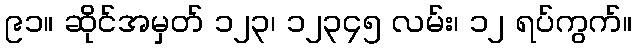
၉၁။ ဆိုင်အမှတ် ၁၂၃၊ ၁၂၃၄၅ လမ်း၊ ၁၂ ရပ်ကွက်။